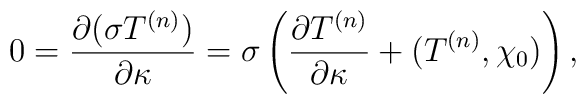
0={\partial (\sigma T^{(n)})\over \partial \kappa}=\sigma\left({\partial T^{(n)}\over \partial \kappa}+(T^{(n)},\chi_0)\right),